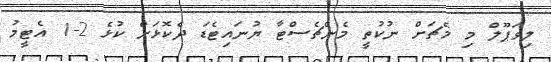
ލިވަޕޫލް މި މެޗަށް ނުކުތީ މެންޗެސްޓާ ޔުނައިޓެޑަ ދެކޮޅަށް ކުޅެ 2-1 އެޓީމު